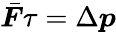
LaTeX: \bar{\boldsymbol{F}}\tau=\Delta\boldsymbol{p}